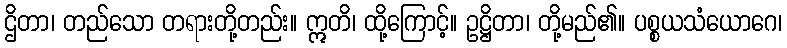
ဌိတာ၊ တည်သော တရားတို့တည်း။ ဣတိ၊ ထို့ကြောင့်။ ဥဋ္ဌိတာ၊ တို့မည်၏။ ပစ္စယသံယောဂေ၊